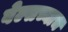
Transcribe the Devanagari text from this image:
वेल्सच्याच